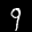
Label: 9